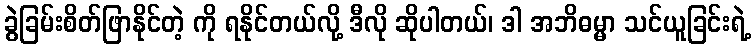
ခွဲခြမ်းစိတ်ဖြာနိုင်တဲ့ ကို ရနိုင်တယ်လို့ ဒီလို ဆိုပါတယ်၊ ဒါ အဘိဓမ္မာ သင်ယူခြင်းရဲ့